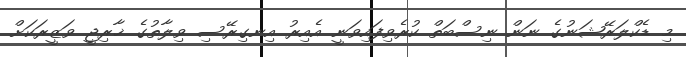
މި ޑެކްލަރޭޝަނުގެ ނަން ނިސްބަތް ކުރެވިފައިވަނީ އެއިރު އިނގިރޭސި ވިލާތުގެ ޚާރިޖީ ވަޒީރަކަށް